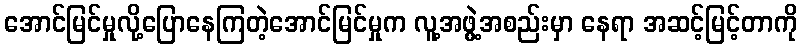
အောင်မြင်မှုလို့ပြောနေကြတဲ့အောင်မြင်မှုက လူ့အဖွဲ့အစည်းမှာ နေရာ အဆင့်မြင့်တာကို